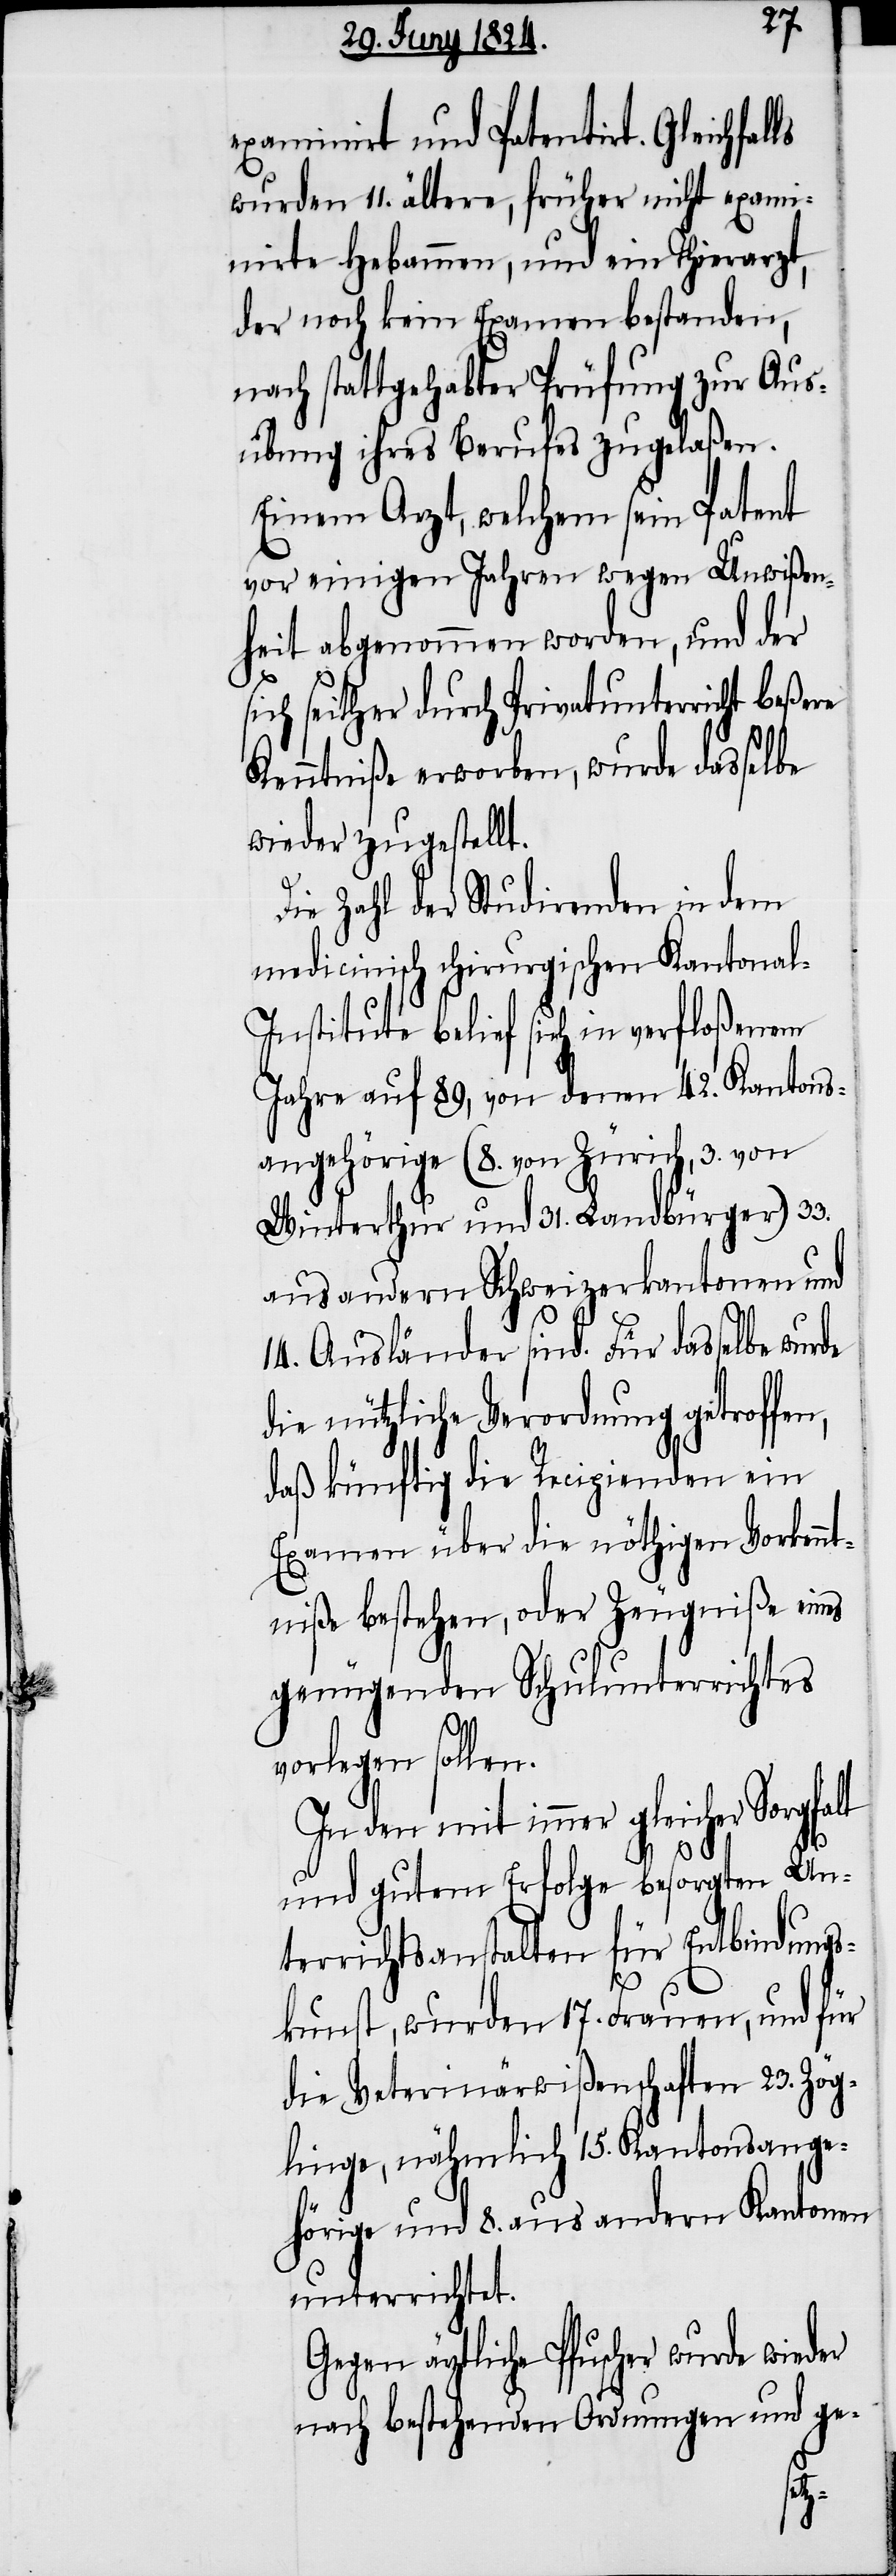
examinirt und patentirt. Gleichfal¬
wurden 11. ältere, früher nicht exami¬
nirte Hebammen, und ein Thierarzt,
der noch kein Examen bestanden,
nach stattgehabter Prüfung zur Aus¬
übung ihres Berufes zugelaßen.
Einem Arzt, welchem sein Patent
vor einigen Jahren wegen Unwißen¬
heit abgenommen worden, und der
ls
sich selber durch Privatunterricht beßere
Kenntniß erworben, wurde dasselbe
wieder zugestellt.
Die Zahl der Studirenden in dem
medicinisch chirurgischen Kantona¬
l-Institute belief sich in verfloßenem
Jahre auf 89, von denen 42. Kantons¬
angehörige (8. von Zürich, 3. von
Winterthur und 31. Landbürger) 33.
aus andern Schweizerkantonen und
14. Ausländer sind. Für dasselbe wurde
die nützliche Verordnung getroffen,
daß künftig die Recipienden ein
Examen über die nöthigen Vorkenn¬
tniße bestehen, oder Zeugniße eines
genügenden Schulunterrichtes
vorlegen sollen.
In den mit immer gleicher
und gutem Erfolge besorgten Un¬
terrichtsanstalten für Entbindungs¬
kunst, wurden 17. Frauen, und für
die Veterinärwißenschaften 23. Zög¬
linge, nämlich 15. Kantonsange¬
hörige und 8. aus andern Kantonen
unterrichtet.
Gegen ärztliche Pfuscher wurde wieder
nach bestehenden Ordnungen und ge-